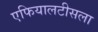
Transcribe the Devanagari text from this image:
एफियालटीसला